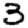
Digit: 3